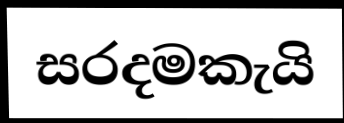
සරදමකැයි